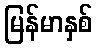
မြန်မာနှစ်